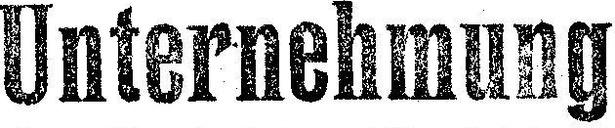
Unternehmung